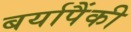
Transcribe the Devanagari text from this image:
बर्यापैंकी